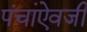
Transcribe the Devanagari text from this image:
पंचांऐवजी